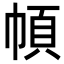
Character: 幁